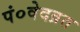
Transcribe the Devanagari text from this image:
पं०वेदव्रत